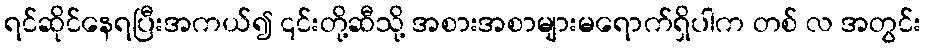
ရင်ဆိုင်နေရပြီးအကယ်၍ ၎င်းတို့ဆီသို့ အစားအစာများမရောက်ရှိပါက တစ် လ အတွင်း